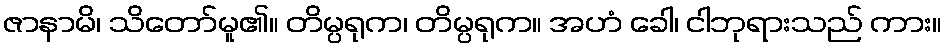
ဇာနာမိ၊ သိတော်မူ၏။ တိမ္ပရုက၊ တိမ္ပရုက။ အဟံ ခေါ၊ ငါဘုရားသည် ကား။